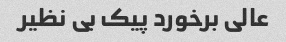
عالی برخورد پیک بی نظیر